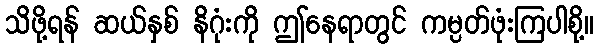
သိဖို့ရန် ဆယ်နှစ် နိဂုံးကို ဤနေရာတွင် ကမ္ပတ်ဖုံးကြပါစို့။